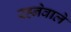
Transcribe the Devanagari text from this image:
रह्नेवाले